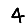
Digit: 4